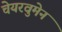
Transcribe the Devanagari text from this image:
चेयरवुमेन